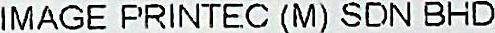
IMAGE PRINTEC (M) SDN BHD